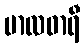
မာလဓာရီ